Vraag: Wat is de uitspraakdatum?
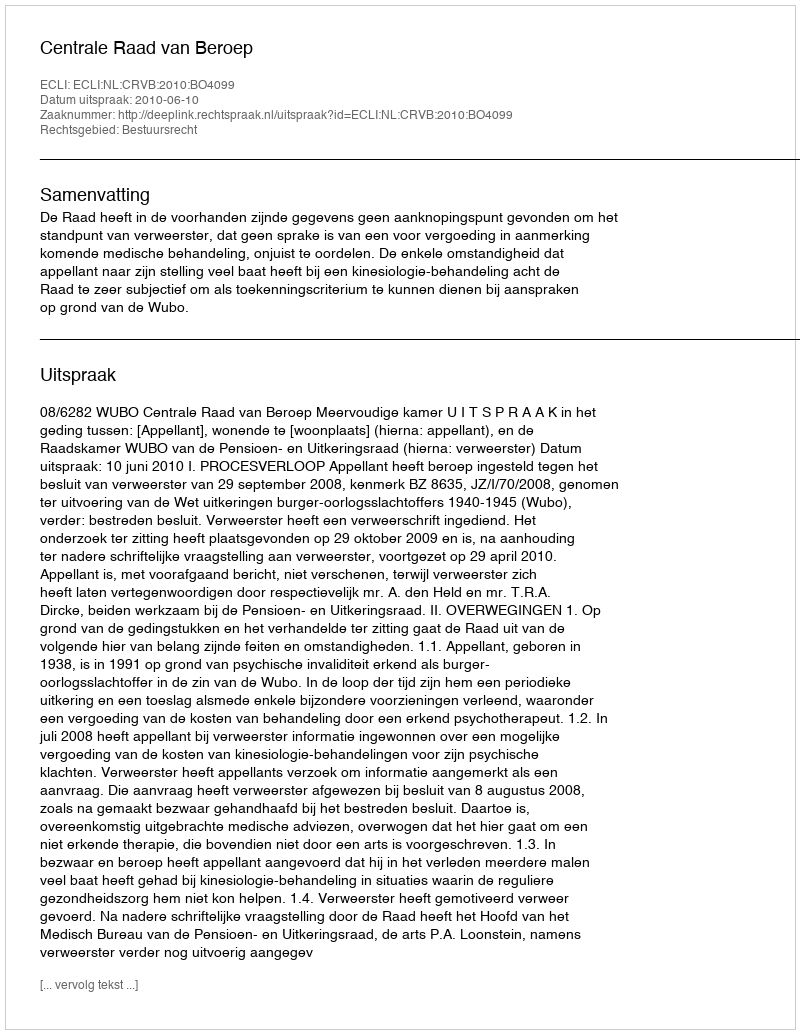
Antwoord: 2010-06-10